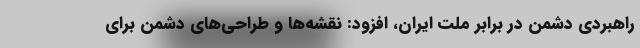
راهبردی دشمن در برابر ملت ایران، افزود: نقشه‌ها و طراحی‌های دشمن برای